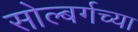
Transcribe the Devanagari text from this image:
सोल्बर्गच्या